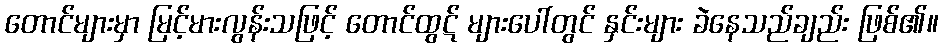
တောင်များမှာ မြင့်မားလွန်းသဖြင့် တောင်ထွဋ် များပေါ်တွင် နှင်းများ ခဲနေသည်ချည်း ဖြစ်၏။